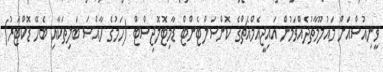
ވީނިއުސްއަށް މައުލޫމާތުދެއްވަމުން އައިޖީއެމްއެޗްގެ ކޮންސަލްޓެންޓް ޑާމިޓޮލޮޖިސްޓް (ހަމުގެ ހާއްސަ ބަލިތަކާއި ބެހޭ ޑޮކްޓަރު)